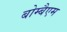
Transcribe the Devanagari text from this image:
बोम्बैएम